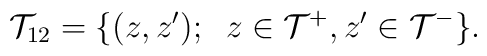
{\cal T}_{12}=\{ (z,z');\;\; z\in {\cal T}^+,z'\in {\cal T}^- \}.